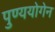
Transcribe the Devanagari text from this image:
पुण्ययोगेन